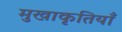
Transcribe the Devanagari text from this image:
मुखाकृतियाँ